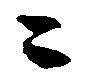
二